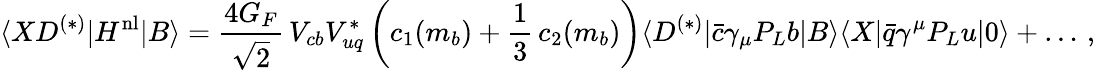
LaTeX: \langle XD^{(*)}|H^{\mathrm{nl}}|B\rangle={\frac{4G_{F}}{\sqrt 2}}\, V_{cb}V_{uq}^{*}\left(c_{1}(m_{b})+{\frac{1}{3}}\, c_{2}(m_{b})\right)\langle D^{(*)}|\bar{c}\gamma_{\mu}P_{L}b|B\rangle\langle X|\bar{q}\gamma^{\mu}P_{L}u|0\rangle+\dots\, ,